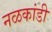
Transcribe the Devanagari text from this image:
नळकांडी